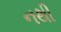
નથી